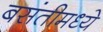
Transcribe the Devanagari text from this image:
बसंतीमध्ये